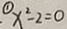
\textcircled { 1 } x ^ { 2 } - 2 = 0